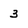
Character: 3